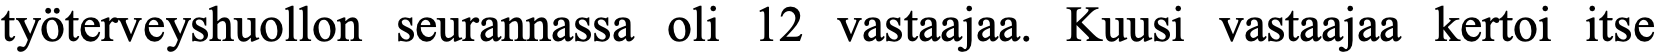
työterveyshuollon seurannassa oli 12 vastaajaa. Kuusi vastaajaa kertoi itse